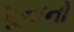
પૂનાનો